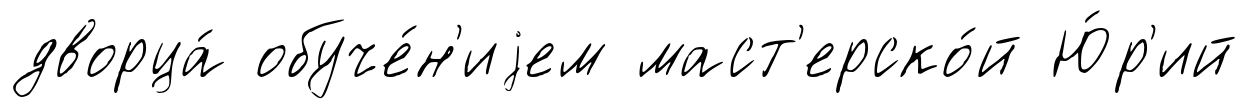
дворца́ обуче́н'иjем маст'ерско́й Ю́р'ий